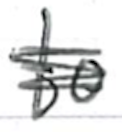
Text: to
Cross-out: mix
Writing tool: ballpoint